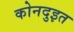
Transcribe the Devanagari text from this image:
कोनदुइत